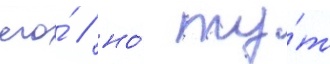
его́ / но́ ту́т